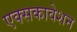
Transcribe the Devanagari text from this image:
एक्सकावेशन